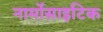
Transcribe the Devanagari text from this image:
नार्मोसाइटिक